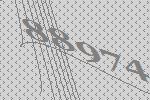
88974